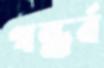
গন্ধর্ব